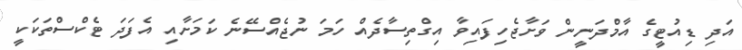
އަދި ޑިއުޓީގެ އާމްދަނީން ވަށާޖެހިފައިވާ އިގްތިސާދެއް ހަމަ ނުޖެއްސޭނެ ކަމަށާއި އެފަދަ ޓެކްސްތަކަކީ